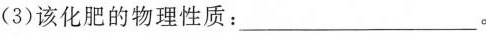
(3)该化肥的物理性质：___。